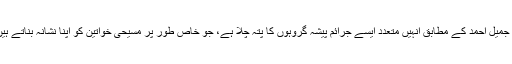
‘‘ جمیل احمد کے مطابق انہیں متعدد ایسے جرائم پیشہ گروہوں کا پتہ چلا ہے، جو خاص طور پر مسیحی خواتین کو اپنا نشانہ بناتے ہیں۔